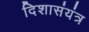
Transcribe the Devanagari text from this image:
दिशासंयंत्र